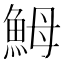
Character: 𩶋